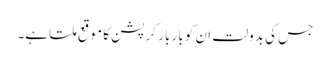
جس کی بدولت ان کو بار بار کرپشن کا موقع ملتا ہے۔